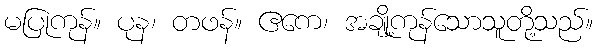
မပြုကုန်။ ပုန၊ တဖန်။ ဧကေ၊ အချို့ကုန်သောသူတို့သည်။